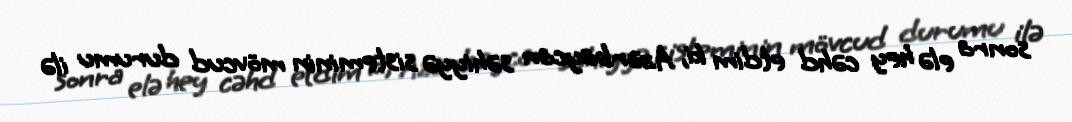
sonra elə hey cəhd etdim ki, Azərbaycan səhiyyə sisteminin mövcud durumu ilə